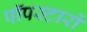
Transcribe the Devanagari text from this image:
पॉपस्टारों